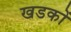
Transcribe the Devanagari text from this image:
खडकों